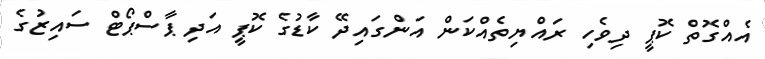
އެއްގޮތް ކޮޕީ ދިވެހި ރައްޔިތެއްކަން އަންގައިދޭ ކާޑުގެ ކޮޕީ އަދި ޕާސްޕޯޓް ސައިޒުގެ